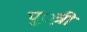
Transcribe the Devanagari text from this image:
पु़़त्री